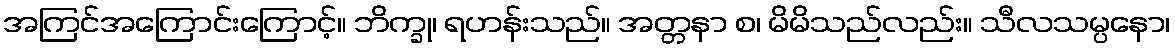
အကြင်အကြောင်းကြောင့်။ ဘိက္ခု၊ ရဟန်းသည်။ အတ္တနာ စ၊ မိမိသည်လည်း။ သီလသမ္ပနော၊